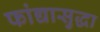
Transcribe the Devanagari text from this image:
फांद्यासुद्धा